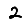
Digit: 2